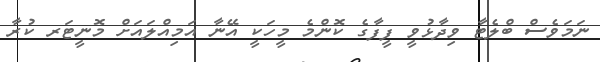
ނަމަވެސް ބްލެޓާ ވިދާޅުވީ ފީފާގެ ކޮންމެ މީހަކީ އޭނާ އަމިއްލައަށް މޮނީޓަރ ކުރާ